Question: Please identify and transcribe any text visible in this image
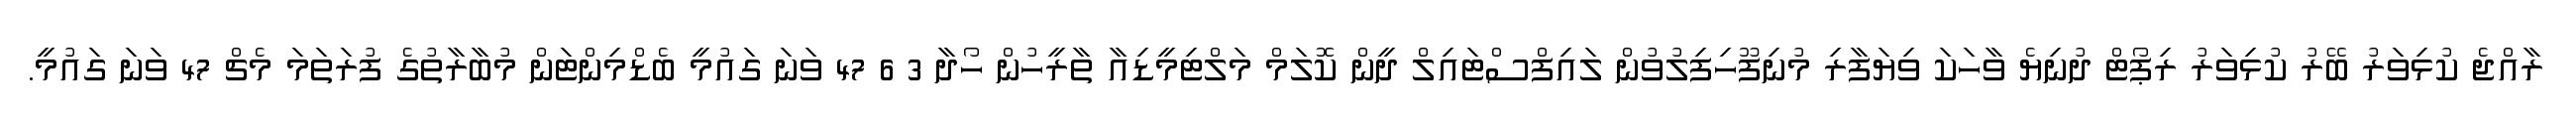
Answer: ރާއްޖެ ކުޅިވަރު ބޭރު ކުޅިވަރު ރިޕޯޓް ދުނިޔެ ވާހަކަ ވިޔަފާރި މުނިފޫހިފިލުވުން ލައިފްސްޓައިލް ދީން ކޮލަމް މަލްޓިމީޑިއާ ތާރީހުން ހޯދާ 3 6 47 ވަނަ ގައުމީ ބެޑްމިންޓަން މުބާރާތުގެ ފުރަތަމަ މެޗް 47 ވަނަ ގައުމީ.